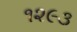
૧૨૯૩